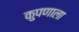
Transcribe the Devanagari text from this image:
कुपणाला